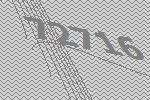
72716